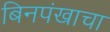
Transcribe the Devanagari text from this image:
बिनपंखाचा